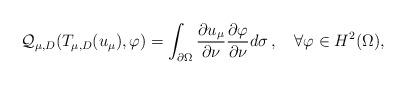
LaTeX: \begin{align*}\mathcal Q_{\mu,D}(T_{\mu,D}(u_{\mu}),\varphi)=\int_{\partial\Omega}\frac{\partial u_{\mu}}{\partial\nu}\frac{\partial\varphi}{\partial\nu}d\sigma\,,\ \ \ \forall\varphi\in H^2(\Omega),\end{align*}